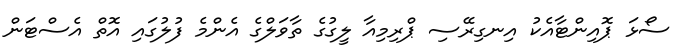
ސޯޅަ ޕޮއިންޓާއެކު އިނގިރޭސި ޕްރިމިއާ ލީގުގެ ތާވަލްގެ އެންމެ ފުލުގައި އޮތް އެެސްޓަން